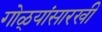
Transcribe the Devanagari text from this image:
गोळ्यांसारखी